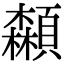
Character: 𩕌